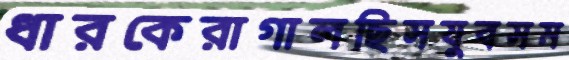
ধারকেরাগালছিসযুবসম